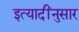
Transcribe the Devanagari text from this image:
इत्यादींनुसार